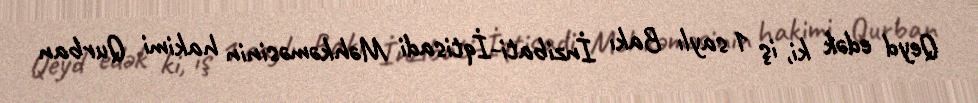
Qeyd edək ki, iş 1 saylı Bakı İnzibati-İqtisadi Məhkəməsinin hakimi Qurban